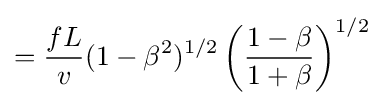
={\frac {fL}{v}}(1-\beta ^{2})^{1/2}\left({\frac {1-\beta }{1+\beta }}\right)^{1/2}